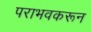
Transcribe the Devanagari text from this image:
पराभवकरून